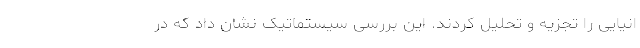
انیایی را تجزیه و تحلیل کردند. این بررسی سیستماتیک نشان داد که در